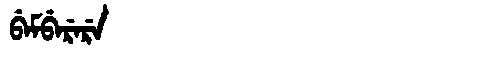
Manchu: ᠪᡝᠮᠪᡝᡵᡝᡵᡝ
Romanization: BEMBERERE